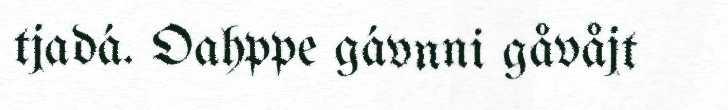
tjadá. Oahppe gávnni gåvåjt